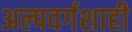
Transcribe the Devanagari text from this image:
अल्पवर्गशाही